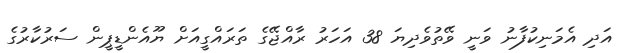
އަދި އެމަނިކުފާނު ވަނީ ވޭތުވެދިޔަ 38 އަހަރު ރާއްޖޭގެ ތަރައްގީއަށް ޔޫއެންޑީޕީން ސަރުކާރުގެ